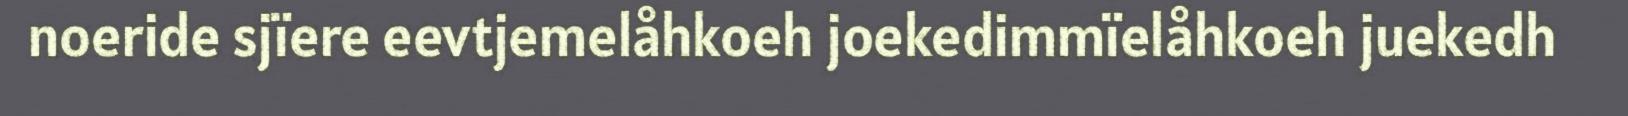
noeride sjïere eevtjemelåhkoeh joekedimmïelåhkoeh juekedh